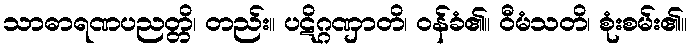
သာဓာရဏပညတ္တိ၊ တည်း။ ပဋိဂ္ဂဏှာတိ၊ ဝန်ခံ၏။ ဝီမံသတိ၊ စုံးစမ်း၏။